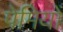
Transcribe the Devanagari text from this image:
पेमियों